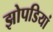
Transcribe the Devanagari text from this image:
झोपडियां